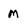
Character: M